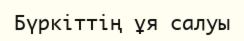
Бүркіттің ұя салуы